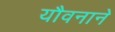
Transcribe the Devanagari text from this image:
यौवनाने